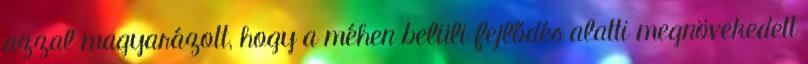
azzal magyarázott, hogy a méhen belüli fejlődés alatti megnövekedett